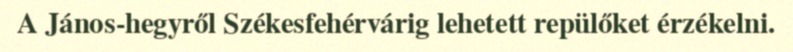
A János-hegyről Székesfehérvárig lehetett repülőket érzékelni.